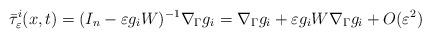
LaTeX: \begin{align*} \bar{\tau}_\varepsilon^i(x,t) = (I_n-\varepsilon g_iW)^{-1}\nabla_\Gamma g_i = \nabla_\Gamma g_i+\varepsilon g_iW\nabla_\Gamma g_i+O(\varepsilon^2)\end{align*}